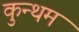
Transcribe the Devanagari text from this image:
कुन्थम